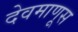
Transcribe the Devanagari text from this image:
देवमाणूस